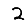
Digit: 2